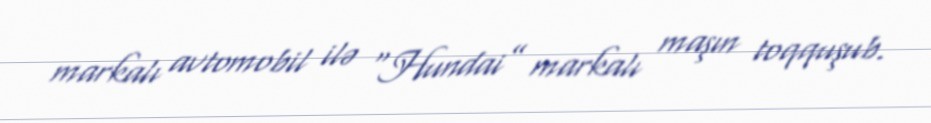
markalı avtomobil ilə “Hundai” markalı maşın toqquşub.